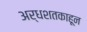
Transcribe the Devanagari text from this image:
अर्धशतकाहून